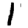
Digit: 1